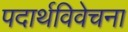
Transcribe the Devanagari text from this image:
पदार्थविवेचना